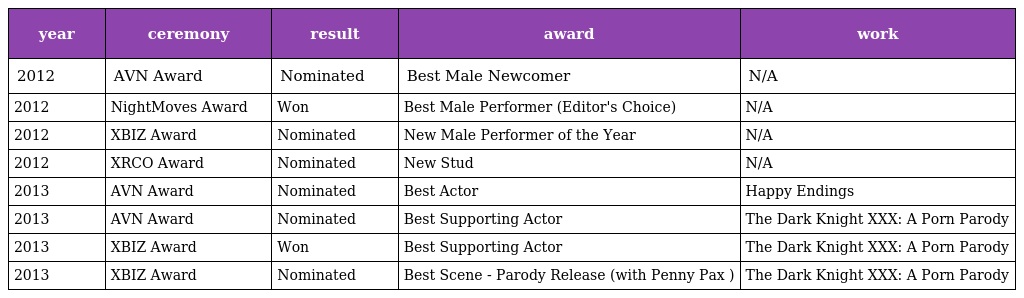
| year | ceremony | result | award | work |
 | --- | --- | --- | --- | --- |
 | 2012 | AVN Award | Nominated | Best Male Newcomer | N/A |
 | 2012 | NightMoves Award | Won | Best Male Performer (Editor's Choice) | N/A |
 | 2012 | XBIZ Award | Nominated | New Male Performer of the Year | N/A |
 | 2012 | XRCO Award | Nominated | New Stud | N/A |
 | 2013 | AVN Award | Nominated | Best Actor | Happy Endings |
 | 2013 | AVN Award | Nominated | Best Supporting Actor | The Dark Knight XXX: A Porn Parody |
 | 2013 | XBIZ Award | Won | Best Supporting Actor | The Dark Knight XXX: A Porn Parody |
 | 2013 | XBIZ Award | Nominated | Best Scene - Parody Release (with Penny Pax ) | The Dark Knight XXX: A Porn Parody |